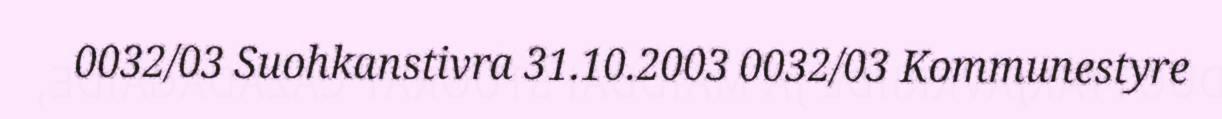
0032/03 Suohkanstivra 31.10.2003 0032/03 Kommunestyre